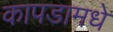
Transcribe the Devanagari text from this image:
कापडामधे